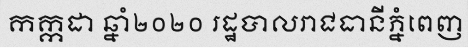
កក្កដា ឆ្នាំ២០២០ រដ្ឋបាលរាជធានីភ្នំពេញ